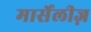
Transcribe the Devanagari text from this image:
मार्सेलीज़